65_HS1-834228961_62-HQ-83894_Section_5
Agency: FBI
Page 184
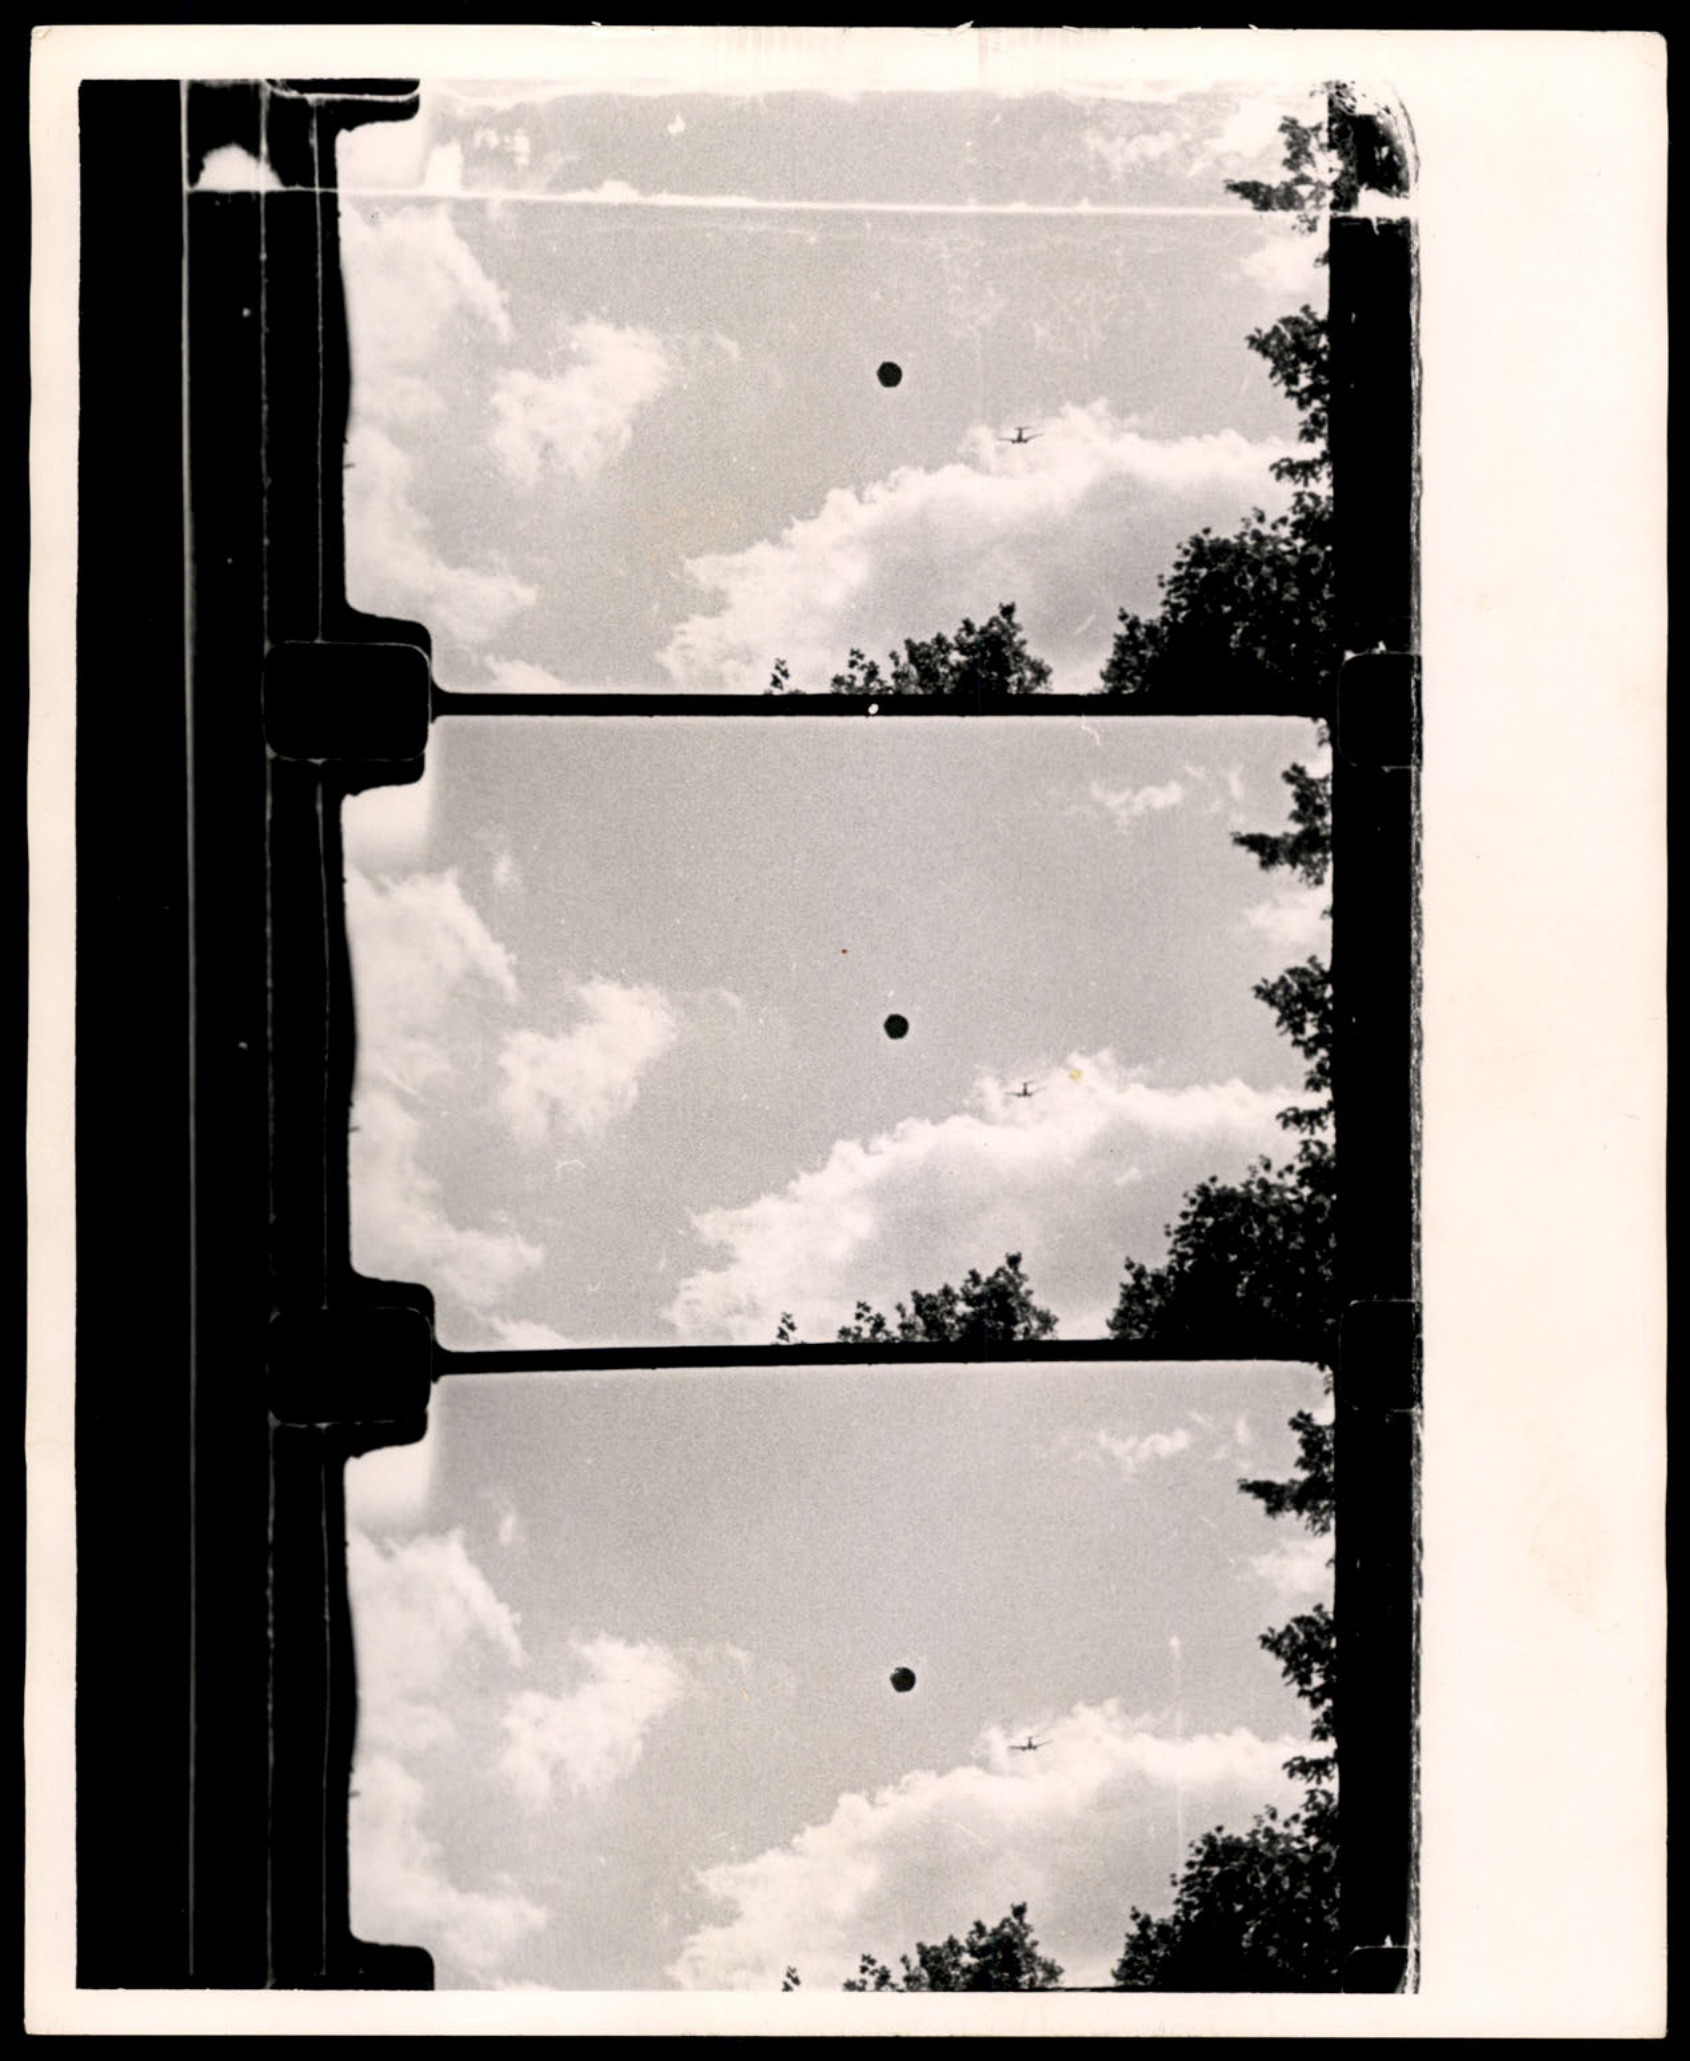